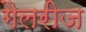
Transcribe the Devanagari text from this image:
गैलरीज